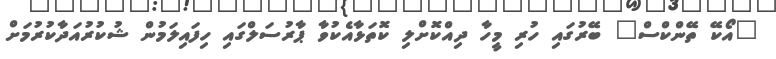
"އޯކޭ ތޭންކްސް" ބޭރުގައި ހުރި މީހާ ދިއްކޮށްލި ކޮތަޅާއެކުވާ ޕާރުސަލްގައި ހިފައިލަމުން ޝުކުރުއަދާކުރުމަށް